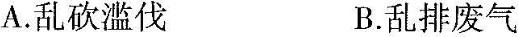
A.乱砍滥伐B.乱排废气